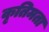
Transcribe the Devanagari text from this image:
कृतिमता